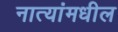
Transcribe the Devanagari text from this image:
नात्यांमधील